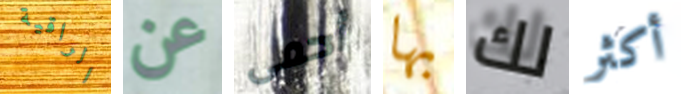
الراقية عن أحمى بها لك أكثر